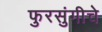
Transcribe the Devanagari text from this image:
फुरसुंगीचे